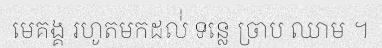
មេគង្គ រហូតមកដល់់ ទន្លេ ច្រាប ឈាម ។